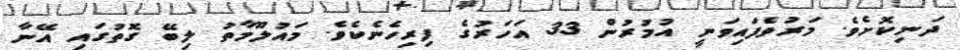
ދަނިކޮށެވެ. މަރުވެފައިވަނީ އުމުރުން 33 އަހަރުގެ ފިރިހެނެކެވެ. މައުލޫމާތު ލިބޭ ގޮތުގައި އޭނާ